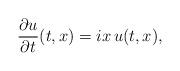
LaTeX: \begin{align*}\frac{\partial u}{\partial t} (t,x) = i x\, u(t,x),\end{align*}